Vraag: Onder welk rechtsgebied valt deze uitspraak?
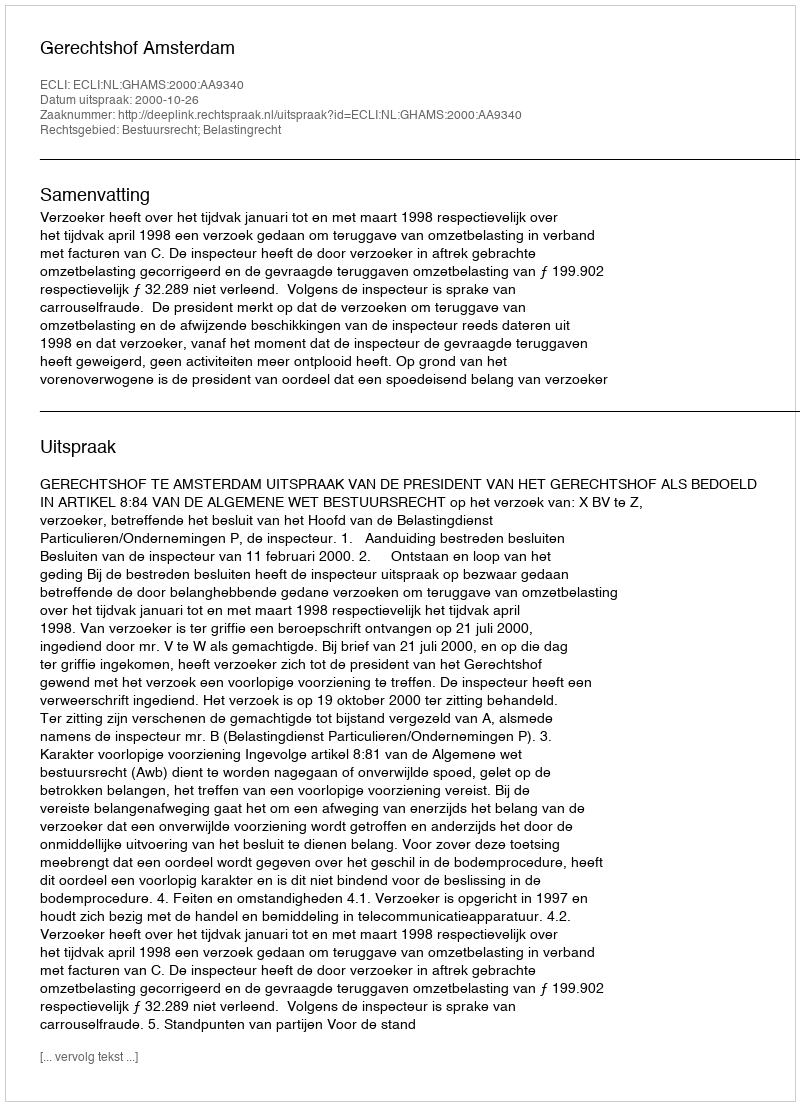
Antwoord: Bestuursrecht; Belastingrecht